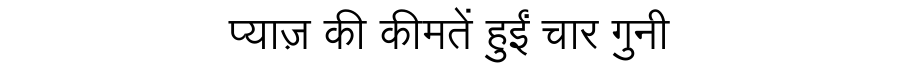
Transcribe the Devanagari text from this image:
प्याज़ की कीमतें हुईं चार गुनी